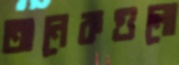
অনেকগুলো